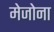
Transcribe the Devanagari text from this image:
मेजोना